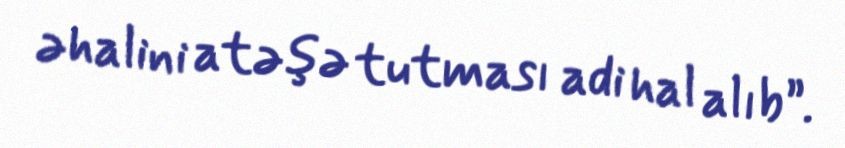
əhalini atəşə tutması adi hal alıb”.